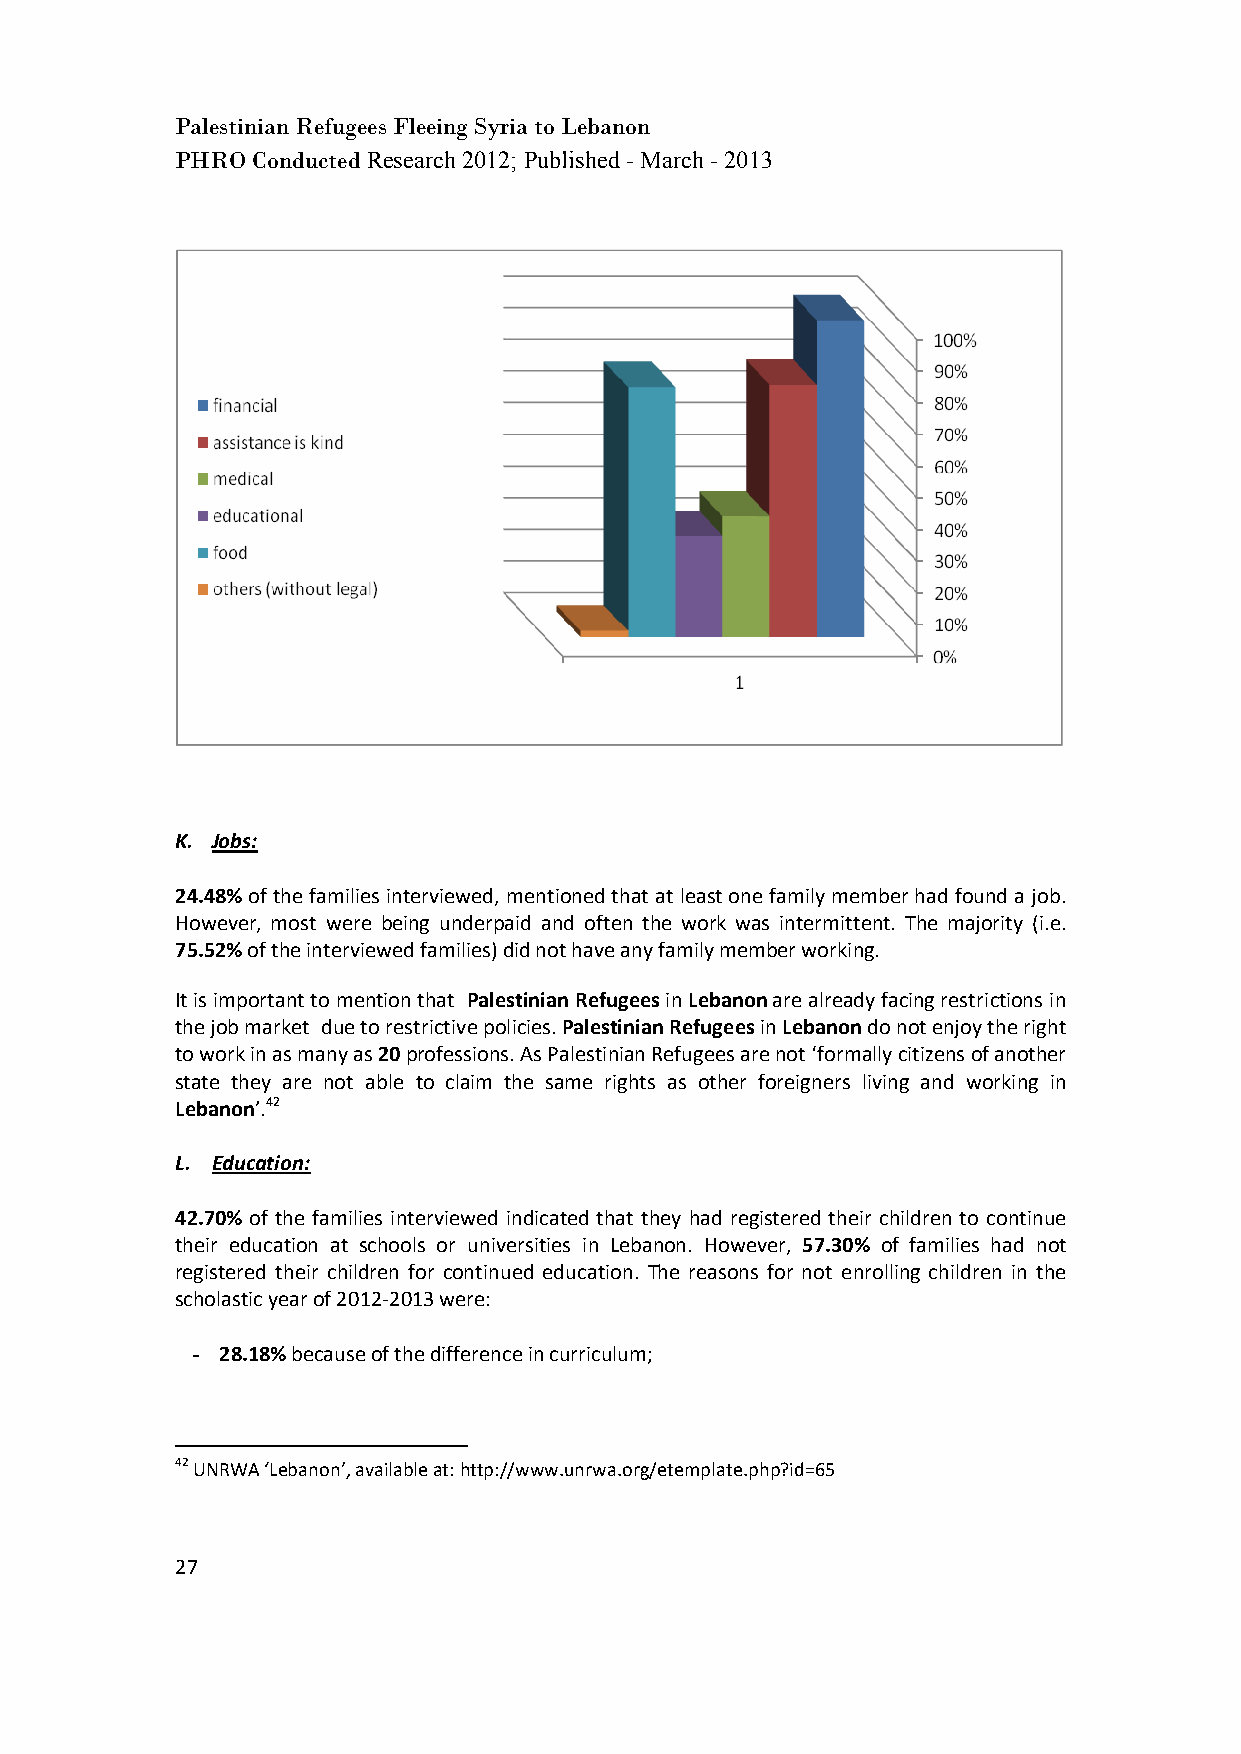
Palestinian Refugees Fleeing Syria to Lebanon
 PHRO Conducted Research 2012; Published - March - 2013
 K. Jobs:
 24.48% of the families interviewed, mentioned that at least one family member had found a job.
 However, most were being underpaid and often the work was intermittent. The majority (i.e.
 75.52% of the interviewed families) did not have any family member working.
 It is important to mention that Palestinian Refugees in Lebanon are already facing restrictions in
 the job market due to restrictive policies. Palestinian Refugees in Lebanon do not enjoy the right
 to work in as many as 20 professions. As Palestinian Refugees are not ‘formally citizens of another
 state they are not able to claim the same rights as other foreigners living and working in
 Lebanon’.42
 L. Education:
 42.70% of the families interviewed indicated that they had registered their children to continue
 their education at schools or universities in Lebanon. However, 57.30% of families had not
 registered their children for continued education. The reasons for not enrolling children in the
 scholastic year of 2012-2013 were:
 - 28.18% because of the difference in curriculum;
 42 UNRWA ‘Lebanon’, available at: http://www.unrwa.org/etemplate.php?id=65
 27